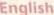
English